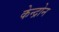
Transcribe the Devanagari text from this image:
केन्द्रोन